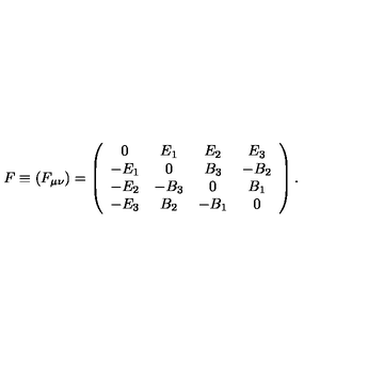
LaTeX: F \equiv ( F _ { \mu \nu } ) = \left( \begin{array} { c c c c } { 0 } & { E _ { 1 } } & { E _ { 2 } } & { E _ { 3 } } \\ { - E _ { 1 } } & { 0 } & { B _ { 3 } } & { - B _ { 2 } } \\ { - E _ { 2 } } & { - B _ { 3 } } & { 0 } & { B _ { 1 } } \\ { - E _ { 3 } } & { B _ { 2 } } & { - B _ { 1 } } & { 0 } \\ \end{array} \right) .